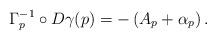
LaTeX: \begin{align*}\Gamma_p^{-1} \circ D \gamma(p) = - \left( A_p + \alpha_p \right).\end{align*}